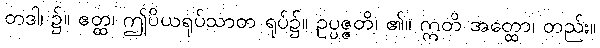
တဒါ၊ ၌။ ဧတ္ထ၊ ဤပိယရုပ်သာတ ရုပ်၌။ ဥပ္ပဇ္ဇတိ၊ ၏။ ဣတိ အတ္ထော၊ တည်း။